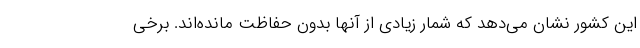
این کشور نشان می‌دهد که شمار زیادی از آنها بدون حفاظت مانده‌اند. برخی